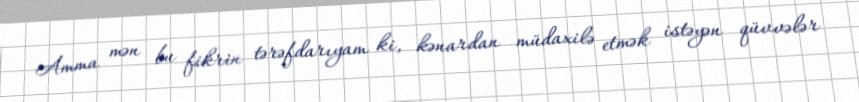
Amma mən bu fikrin tərəfdarıyam ki, kənardan müdaxilə etmək istəyən qüvvələr